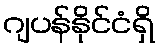
ဂျပန်နိုင်ငံရှိ